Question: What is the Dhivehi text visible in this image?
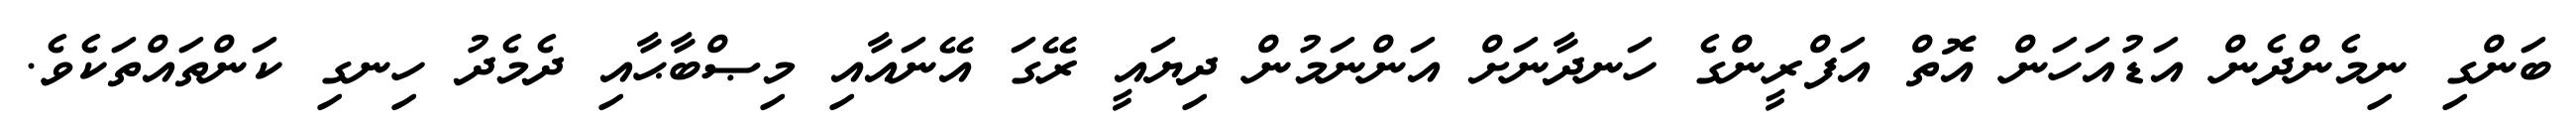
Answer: ބަންގި ނިމެންދެން އަޑުއަހަން އޮތް އަފްރީންގެ ހަނދާނަށް އަންނަމުން ދިޔައީ ރޭގަ އޭނައާއި މިޞްބާޙާއި ދެމެދު ހިނގި ކަންތައްތަކެވެ.